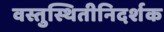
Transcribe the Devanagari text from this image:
वस्तुस्थितीनिदर्शक